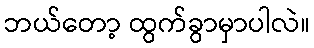
ဘယ်တော့ ထွက်ခွာမှာပါလဲ။